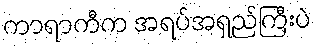
ကာရာကီက အရပ်အရှည်ကြီးပဲ